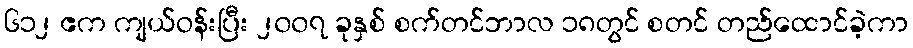
၆၁၂ ဧက ကျယ်ဝန်းပြီး ၂၀၀၇ ခုနှစ် စက်တင်ဘာလ ၁၈တွင် စတင် တည်ထောင်ခဲ့ကာ